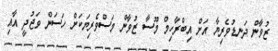
ޒުވާން ދަނޑުވެރިޔާ އަށް އިބްރާހިމް މޫސާ ޒުވާން މަސްވެރިޔަކަށް ހަސަން ވަޖުދީ އާއި